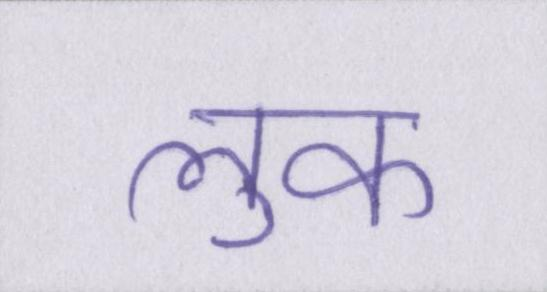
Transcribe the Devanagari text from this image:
लुक